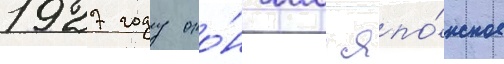
1927 году око́нчил япо́нское